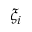
\xi _ { i }